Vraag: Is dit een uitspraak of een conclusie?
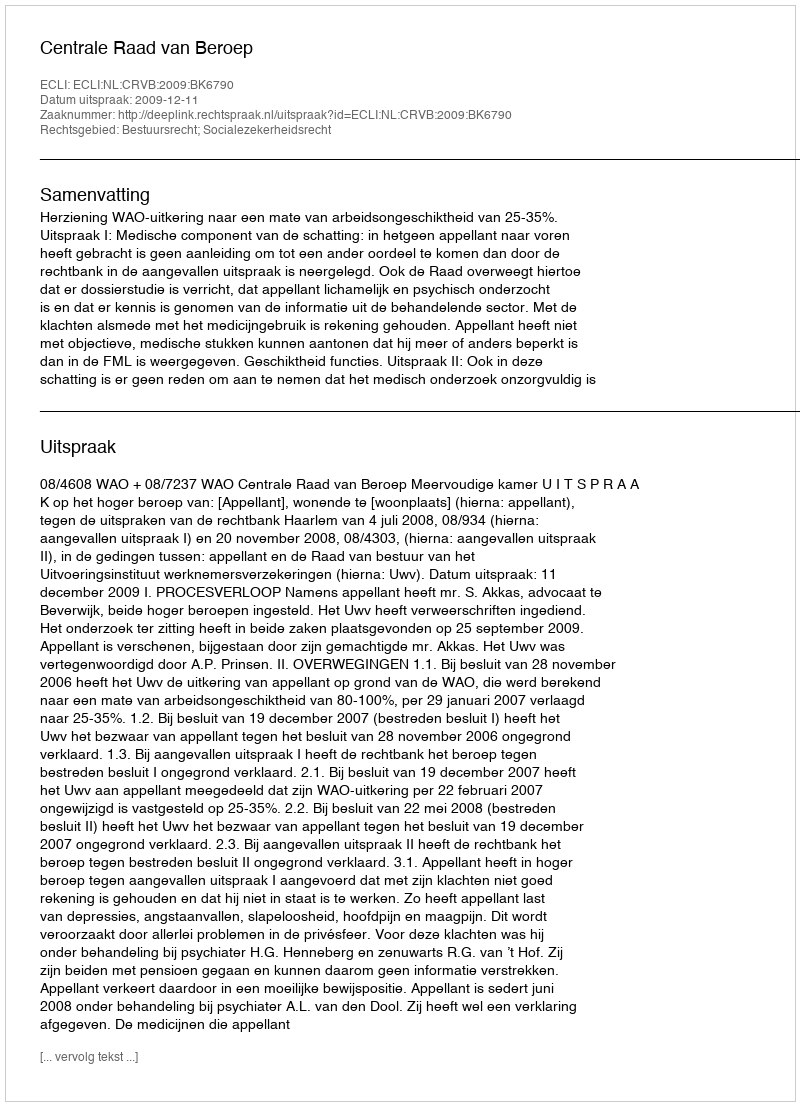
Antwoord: Uitspraak